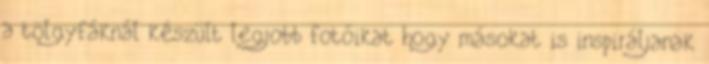
a tölgyfáknál készült legjobb fotóikat hogy másokat is inspiráljanak